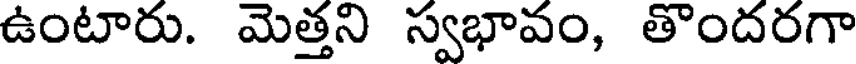
ఉంటారు. మెత్తని స్వభావం, తొందరగా